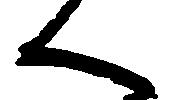
く